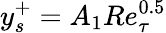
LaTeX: y_{s}^{+}=A_{1}Re_{\tau}^{0.5}